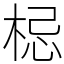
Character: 梞